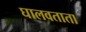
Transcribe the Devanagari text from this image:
घालवताता